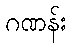
ဂဏန်း